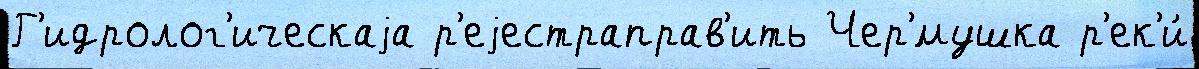
Г'идролог'ическаjа р'еjестраправ'ить Чер'́мушка р'ек'и́